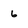
Character: 6